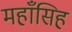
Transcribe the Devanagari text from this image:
महाँसिह